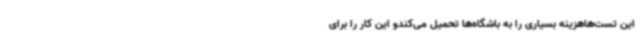
این تست‌هاهزینه بسیاری را به باشگاه‌ها تحمیل می‌کندو این کار را برای